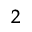
_ { 2 }